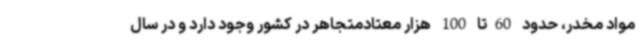
مواد مخدر، حدود 60تا 100 هزار معتادمتجاهر در کشور وجود دارد و در سال